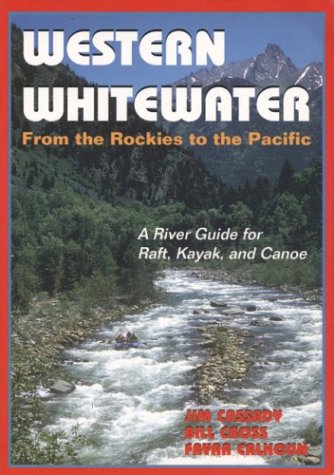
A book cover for Western Whitewater from the Rockies to the Pacific: A River Guide for Raft, Kayak, and Canoe; Jim Cassady; Sports & Outdoors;